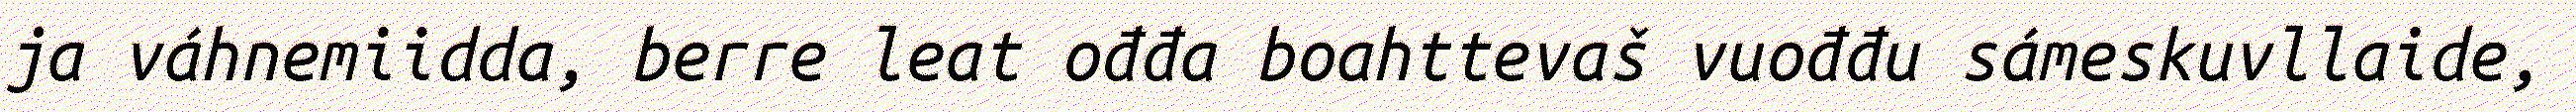
ja váhnemiidda, berre leat ođđa boahttevaš vuođđu sámeskuvllaide,